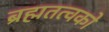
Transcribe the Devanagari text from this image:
ब्रह्मतत्वको